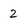
Character: 2